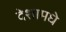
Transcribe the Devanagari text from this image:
देशामधे